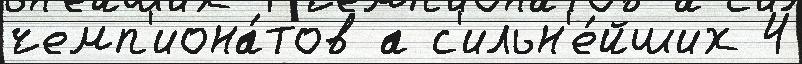
чемп'иона́тов а с'ильн'е́йших 4